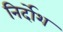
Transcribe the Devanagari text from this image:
निर्दोश